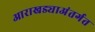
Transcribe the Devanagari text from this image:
आराखड्याअंतर्गत